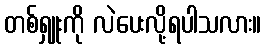
တစ်ရှူးကို လဲပေးလို့ရပါသလား။